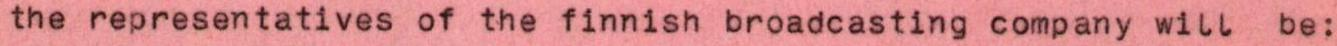
the representatives of the finnish broadcasting company will be: